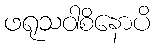
ဖရုသဝါစိနောပိ